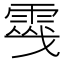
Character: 𩃔